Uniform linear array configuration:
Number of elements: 24
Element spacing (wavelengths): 0.75
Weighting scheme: hann
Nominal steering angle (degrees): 15
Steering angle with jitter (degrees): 16.214
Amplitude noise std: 0.05
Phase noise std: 0.05

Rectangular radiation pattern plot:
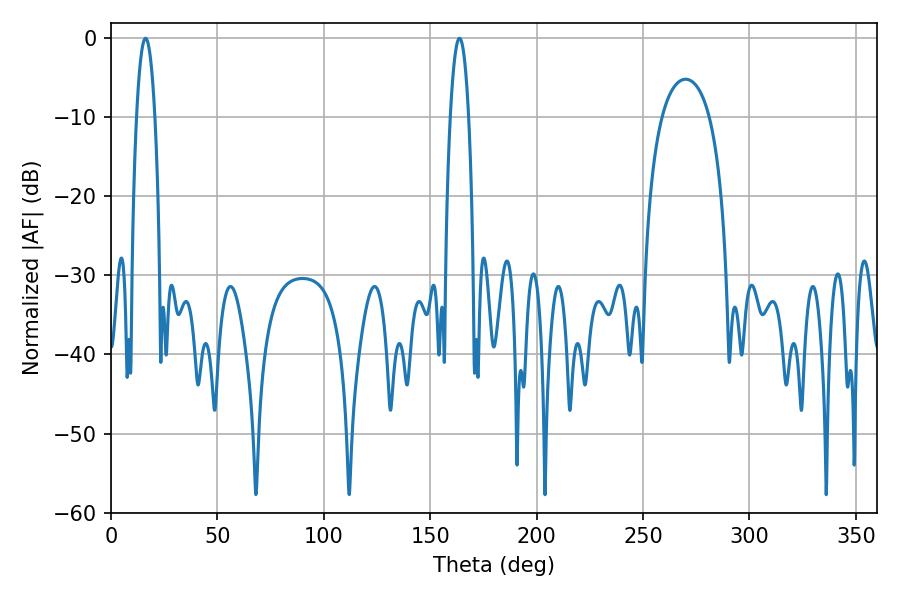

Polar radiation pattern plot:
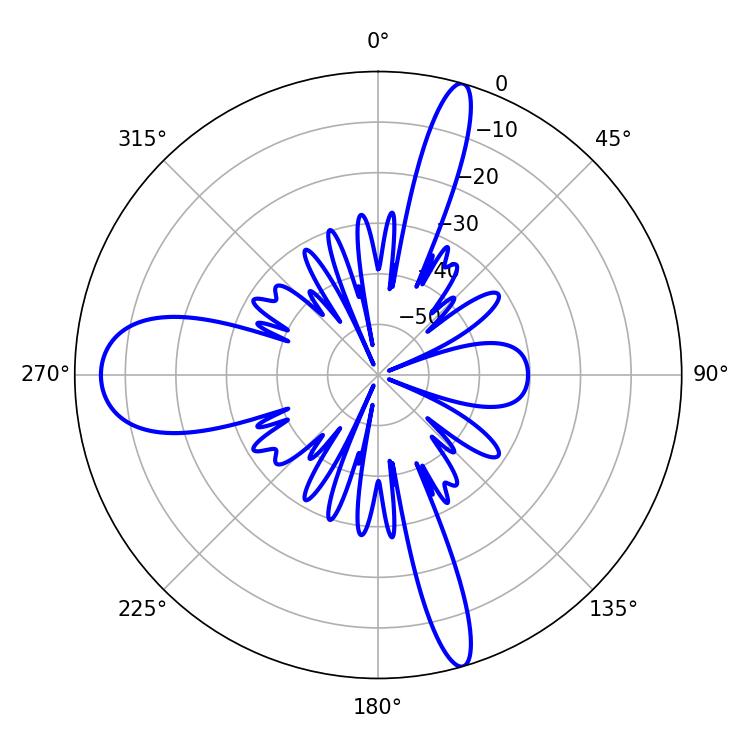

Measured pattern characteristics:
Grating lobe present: TRUE
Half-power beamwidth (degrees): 4.86
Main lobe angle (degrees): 16.2